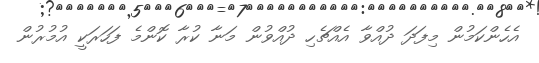
އެހެންކަމުން މިފަދަ ދުއްވާ އެއްޗެހި ދުއްވުން މަނާ ކުރާ ކޮންމެ ފަހަރަކީ އުމުރުން